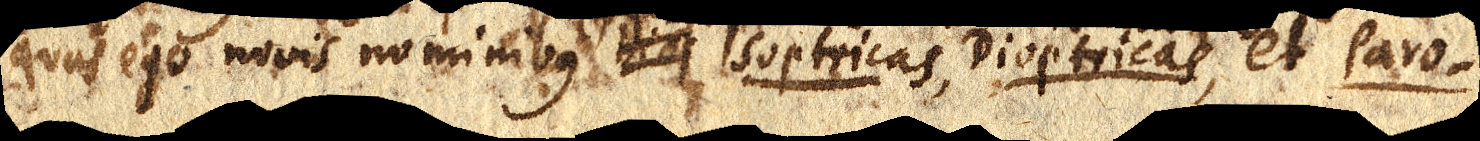
quas ego novis nominibus _ Isoptricas, Dioptricas, et Paro–